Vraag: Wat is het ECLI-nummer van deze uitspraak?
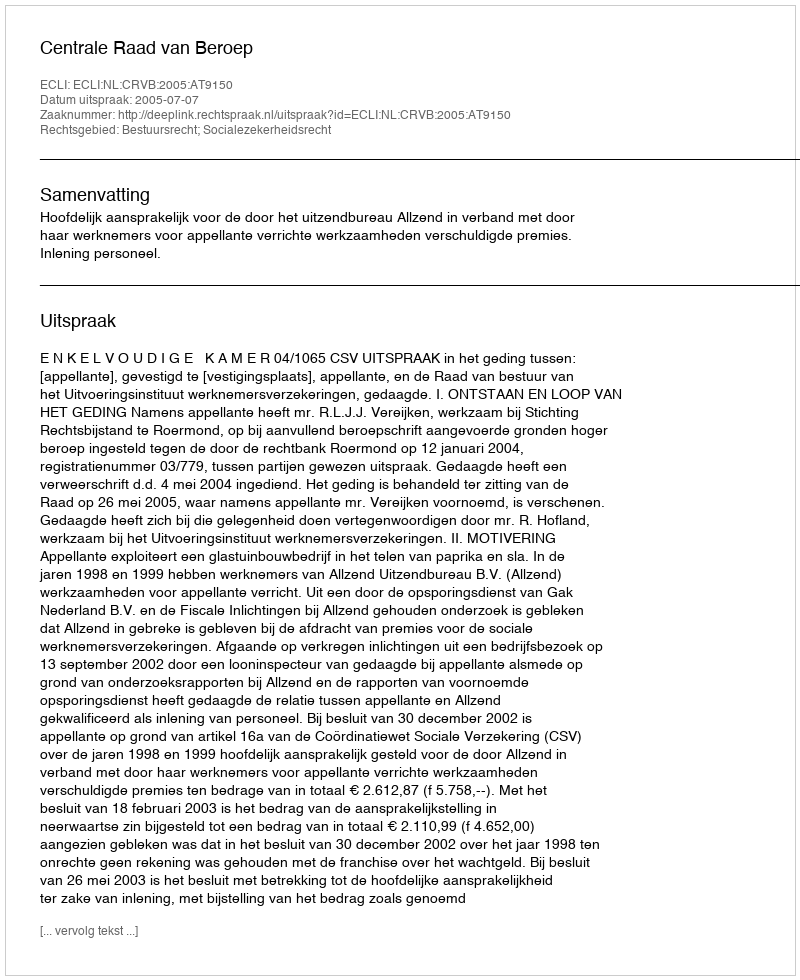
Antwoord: ECLI:NL:CRVB:2005:AT9150